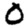
Digit: 0